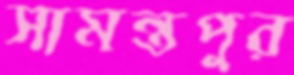
সামন্তপুর